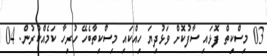
03 މިސްކިތް ފޮޅައި ސާފުކޮށް ވަޅުދިޔަ ހިއްކައި މިސްކިތާބެހޭ ހުރިހާ ކަމެއްކުރުން. 04